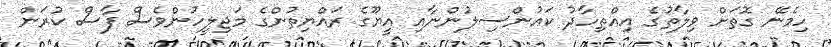
ހިމެނޭ ގޮތަށް ވިލާތުގެ އިއްތިހާދު ކައުންސިލުންނާއި އީޔޫގެ ރައްޔިތުންގެ މަޖިލީހުންވެސް ފާސް ކުރަން